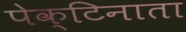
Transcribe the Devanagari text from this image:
पेक्टिनाता